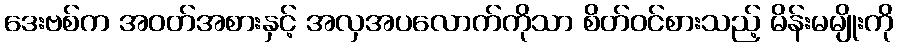
ဒေးဗစ်က အဝတ်အစားနှင့် အလှအပလောက်ကိုသာ စိတ်ဝင်စားသည့် မိန်းမမျိုးကို